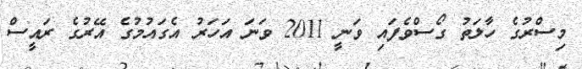
މިސްރުގެ ހާލަތު ގޯސްވެފައި ވަނީ 2011 ވަނަ އަހަރު އެގައުމުގެ އޭރުގެ ރައީސް